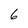
Character: 6